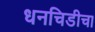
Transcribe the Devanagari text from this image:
धनचिडीचा